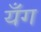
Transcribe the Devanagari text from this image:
यँग